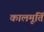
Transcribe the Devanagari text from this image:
कालमूर्तिं